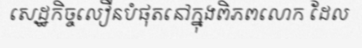
សេដ្ឋកិច្ចលឿនបំផុតនៅក្នុងពិភពលោក ដែល